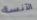
الآنسة